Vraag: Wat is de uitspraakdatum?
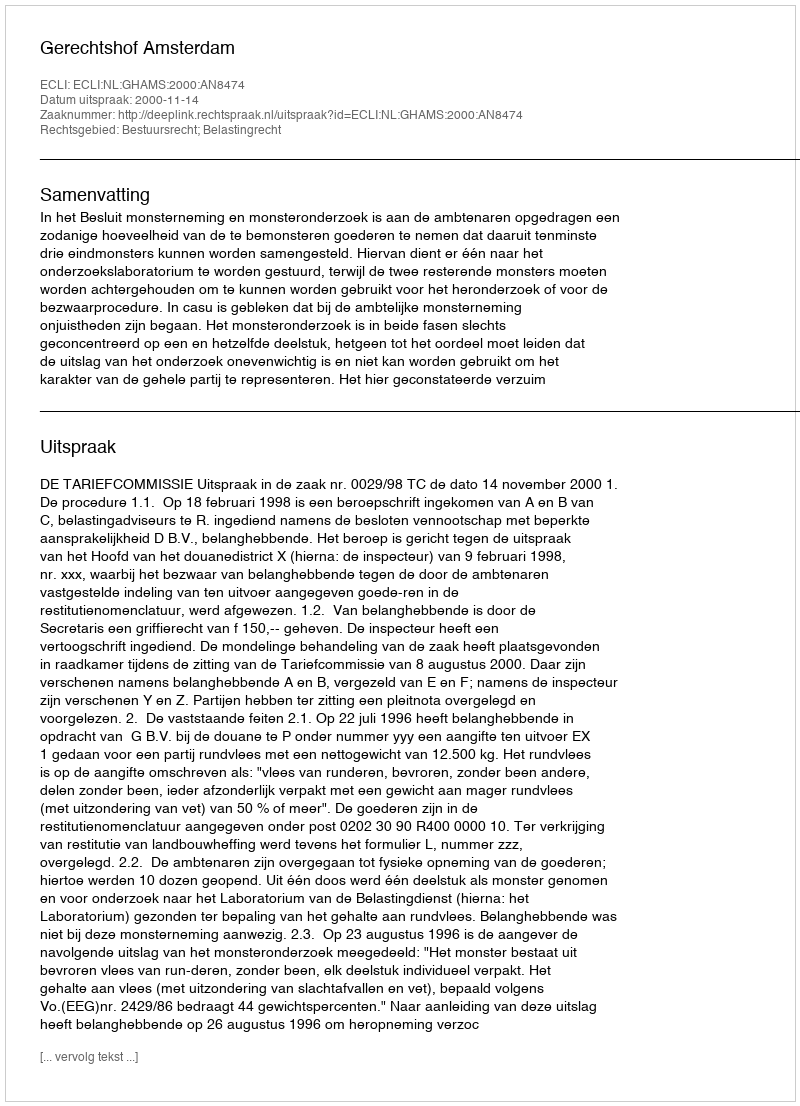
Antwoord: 2000-11-14